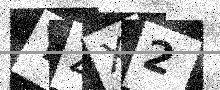
Text: YZX2